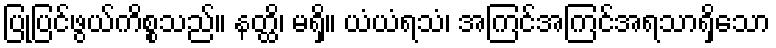
ပြုပြင်ဖွယ်ကိစ္စသည်။ နတ္ထိ၊ မရှိ။ ယံယံရသံ၊ အကြင်အကြင်အရသာရှိသော